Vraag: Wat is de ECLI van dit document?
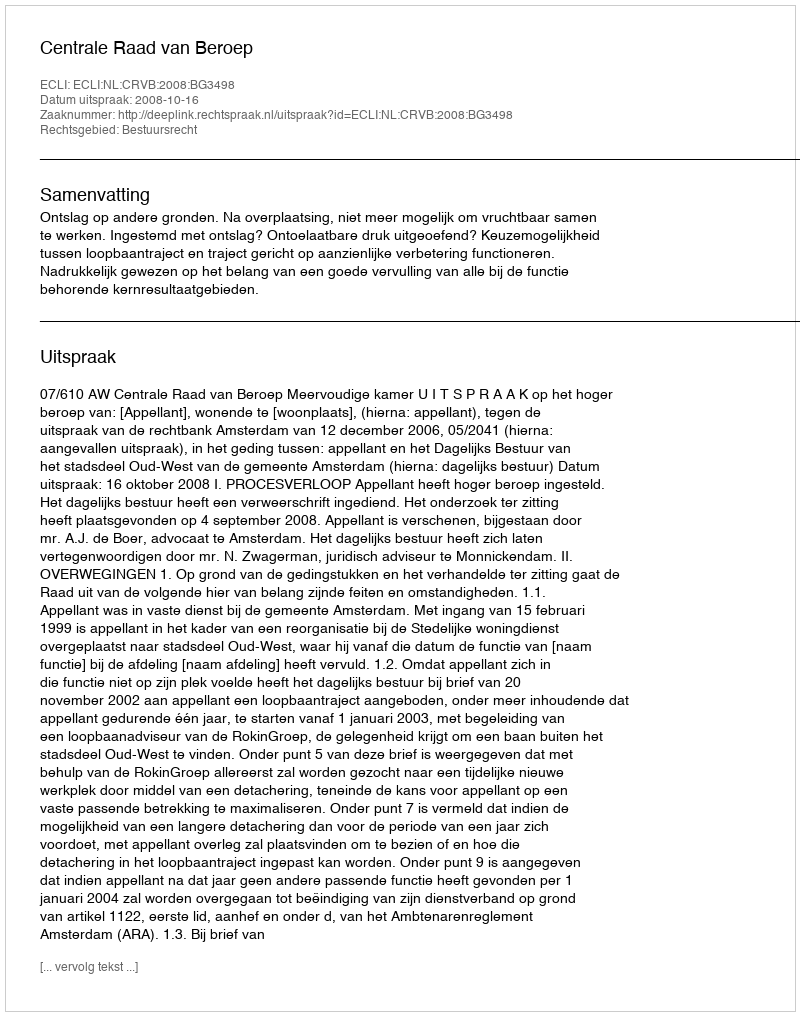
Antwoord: ECLI:NL:CRVB:2008:BG3498